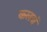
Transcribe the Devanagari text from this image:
कलत्रं